Lunatic asylums Central Provinces reports 1895-1909 - 1895-1909
Year: 1895
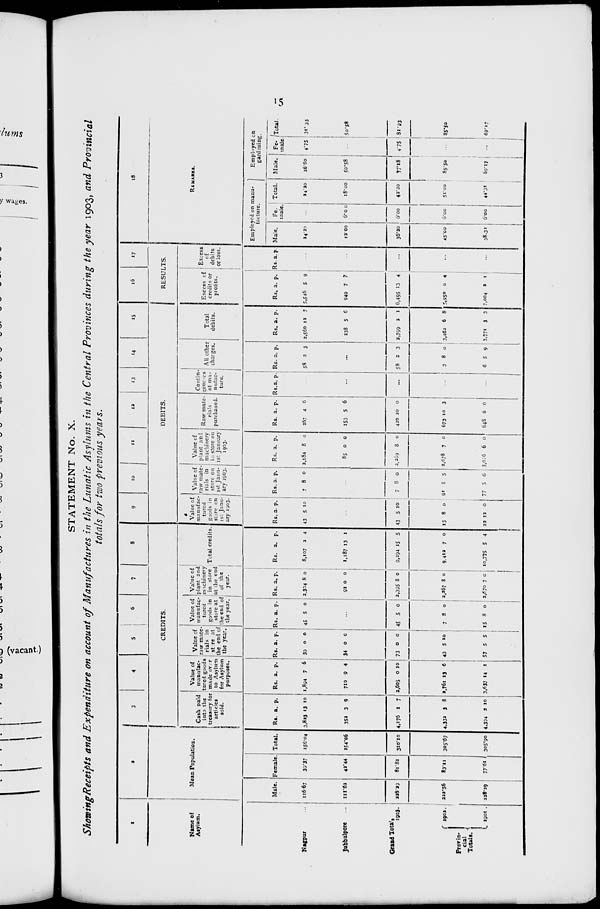
15
STATEMENT No. X.
Showing Receipts and Expenditure on account of Manufactures in the Lunatic Asylums in the Central Provinces during the year 1903, and Provincial
totals for two previous years.
1
Name of
Asylum.
Nagpur ...
Jubbulpore
...
Grand Totals
1903.
Provin-
cial
Totals.
1902.
1901.
2
Mean Population.
Male.
116.67
111.62
228.29
222.56
228.39
Female.
39.37
42.44
81.81
83.11
77.61
Total.
156.04
154.06
310.10
305.67
305.90
3 4 5 6 7 8
CREDITS.
Cash paid
into the
treasury for
articles
sold.
Rs.
3,823
352
4,176
4,332
4,394
a.
13
3
1
3
2
p.
10
9
7
8
10
Value of
manufac-
tured goods
made over
to Asylum
for Asylum
purposes.
Rs.
1,894
710
2,605
2,761
3,637
a.
7
9
0
13
14
p.
6
4
10
6
1
Value of
raw mate
rials in
store at
the end of
the year.
Rs.
39
34
73
43
57
a.
0
0
0
5
5
p.
0
0
0
10
5
Value of
manufac-
tured
goods in
store at
the end of
the year.
Rs.
45
a.
5
p.
0
...
45
7
15
5
8
8
0
0
0
Value of
plant and
machinery
in store
at the end
of the
year.
Rs.
2,304
91
2,395
2,267
2,670
a.
8
0
8
8
7
p.
0
0
0
0
0
Total credits.
Rs.
8,107
1,187
9,294
9,412
10,775
a.
2
13
15
7
5
p.
4
1
5
0
4
9
10
11
12
13
14
15
DEBITS.
Value of
manufac-
tured
goods in
store on
1st Janu-
ary 1903.
Rs.
43
a.
5
p.
10
...
43
15
22
5
8
12
10
0
0
Value of
raw mate¬
rials in
store on
1st Janu¬
ary 1903.
Rs.
7
a.
8
p.
0
...
7
91
77
8
5
5
0
5
6
Value of
plant and
machinery
in store on
1st January
1903.
Rs.
2,184
85
2,269
2,678
3,016
a.
8
0
8
7
6
p.
0
0
0
0
0
Raw mate-
rials
purchased.
Rs.
267
153
420
673
648
a.
4
5
10
10
6
p.
6
6
0
3
0
Contin¬
gencies
of ma-
nufac-
ture.
Rs. a. p.
...
...
...
All other
charges.
Rs.
58
a.
2
p.
3
...
58
3
6
2
8
5
3
0
9
Total
debits.
Rs.
2,560
238
2,799
3,462
3,771
a.
13
5
3
6
3
p.
7
6
1
8
3
16
17
RESULTS.
Excess of
credits or
profits.
Rs.
5,546
949
6,495
5,950
7,004
a.
5
7
13
0
2
p.
9
7
4
4
1
Excess
of
debits
or loss.
Rs. a. p.
...
...
...
...
...
18
REMARKS.
Employed on manu¬
facture.
Male.
24.20
12.00
36.30
45.00
38.31
Fe¬
male.
...
6.00
6.00
6.00
6.00
Total.
24.20
18.00
42.20
51.00
44.31
Employed on
gardening.
Male.
26.60
50.58
77.18
85.50
69.17
Fe¬
male.
4.75
...
4.75
...
...
Total.
31.35
50.58
81.93
85.50
69.17